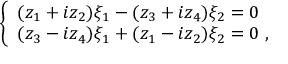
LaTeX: \left\{ \begin{array} { l } { { ( z _ { 1 } + i z _ { 2 } ) \xi _ { 1 } - ( z _ { 3 } + i z _ { 4 } ) \xi _ { 2 } = 0 } } \\ { { ( z _ { 3 } - i z _ { 4 } ) \xi _ { 1 } + ( z _ { 1 } - i z _ { 2 } ) \xi _ { 2 } = 0 ~ , } } \end{array} \right.